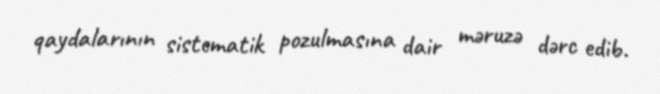
qaydalarının sistematik pozulmasına dair məruzə dərc edib.